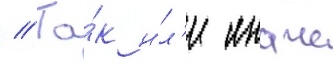
// Та́к и́л'и иначе